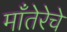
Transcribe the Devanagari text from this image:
माँतेरेचे